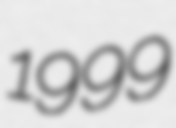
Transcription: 1999